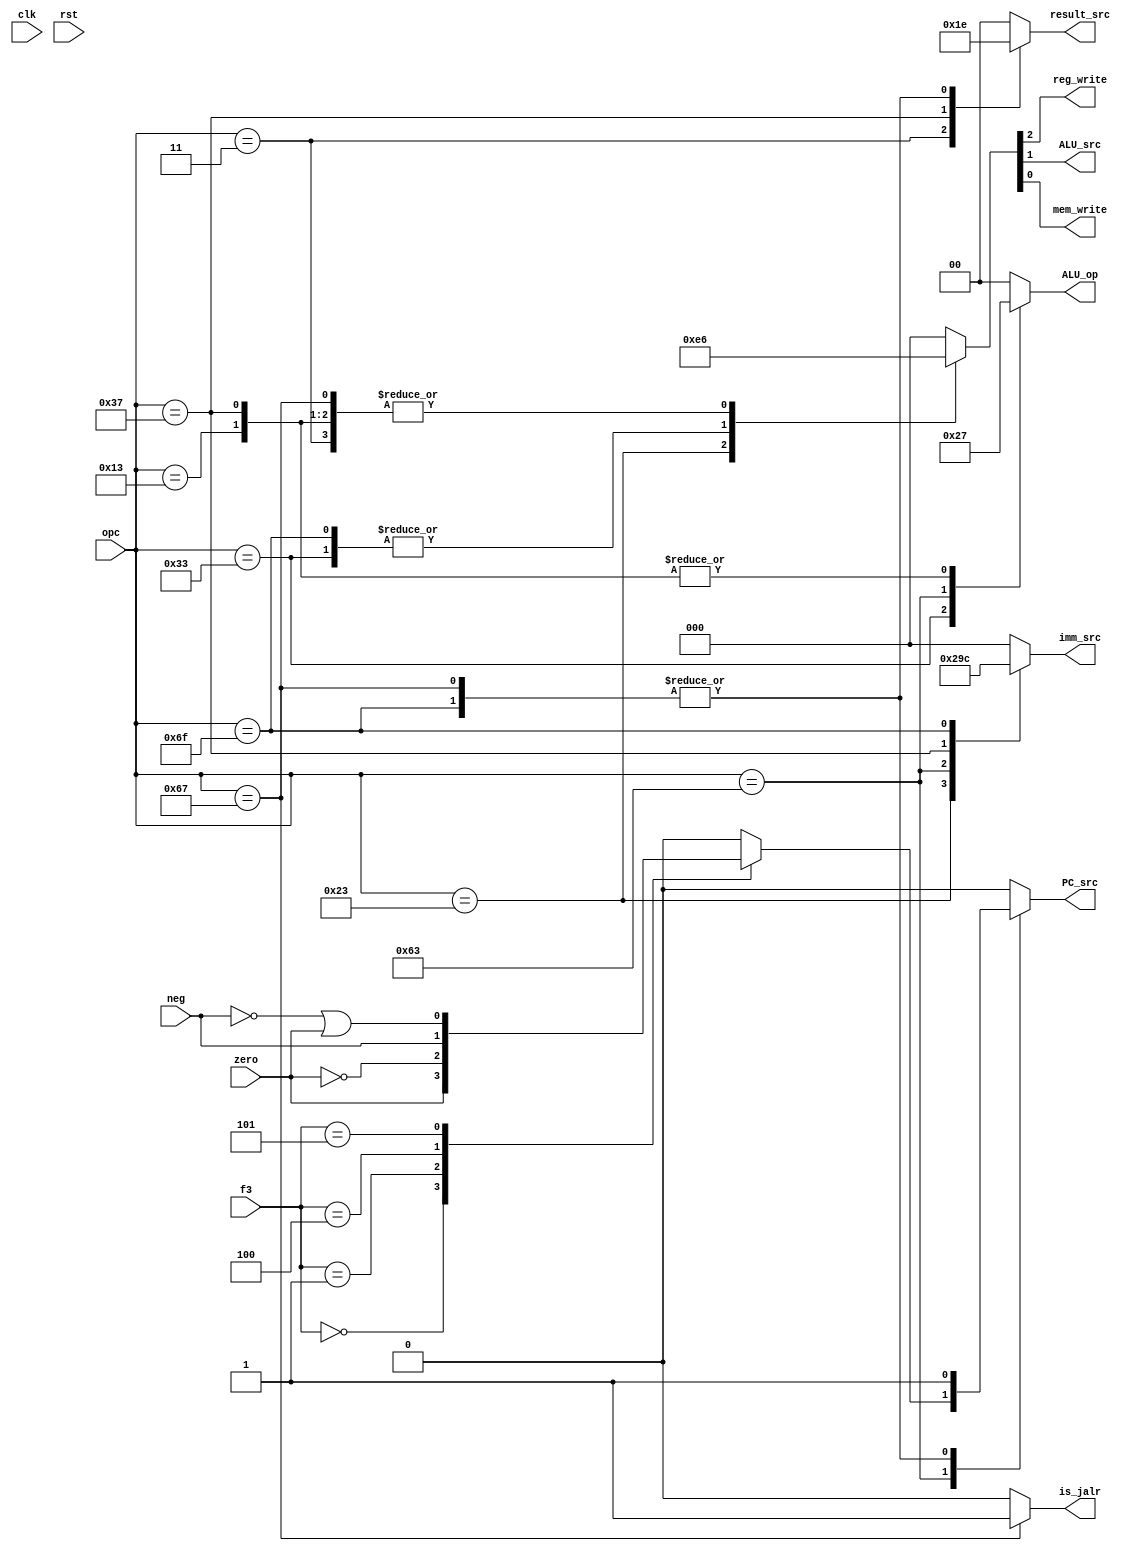
// ALU opc
`define ADD_ANYWAY 2'b00
`define SUB_ANYWAY 2'b01
`define R_TYPE 2'b10
`define I_TYPE 2'b11

// imm src
`define IMM_I_TYPE 3'b000
`define IMM_S_TYPE 3'b001
`define IMM_B_TYPE 3'b010
`define IMM_LUI 3'b011
`define IMM_JAL 3'b100

// opcodes
`define LW 7'b0000011
`define SW 7'b0100011
`define RT 7'b0110011
`define BT 7'b1100011
`define IT 7'b0010011
`define LUI 7'b0110111
`define JAL 7'b1101111
`define JALR 7'b1100111

// f3 branch type
`define EQ 3'b000
`define NE 3'b001
`define LT 3'b100
`define GE 3'b101

module MainController(
    clk, rst, zero, opc, f3, neg,
    PC_src, reg_write, ALU_src, imm_src, mem_write, result_src, ALU_op, is_jalr
);
    input clk, rst, zero, neg;
    input [2:0] f3;
    input [6:0] opc;

    output PC_src, reg_write, ALU_src, mem_write, is_jalr;
    output [1:0] result_src;
    output [2:0] imm_src;
    output [1:0] ALU_op;

    reg PC_src = 1'b0, reg_write = 1'b0, ALU_src = 1'b0, mem_write = 1'b0, is_jalr = 1'b0;
    reg [1:0] result_src = 2'b00;
    reg [2:0] imm_src = 3'b000;
    reg [1:0] ALU_op = 2'b00;

    always @(zero, opc, neg, f3) begin
        {PC_src, reg_write, ALU_src, mem_write} = 4'b0000;
        result_src = 2'b00;
        imm_src = `IMM_I_TYPE;
        ALU_op = `ADD_ANYWAY;
        is_jalr = 1'b0;
        case (opc)
            `LW: begin 
                {PC_src, reg_write, ALU_src, mem_write} = 4'b0110;
                result_src = 2'b01;
                imm_src = `IMM_I_TYPE;
                ALU_op = `ADD_ANYWAY;
                is_jalr = 1'b0;
            end
            `SW: begin 
                {PC_src, reg_write, ALU_src, mem_write} = 4'b0011;
                result_src = 2'b00;
                imm_src = `IMM_S_TYPE;
                ALU_op = `ADD_ANYWAY;
                is_jalr = 1'b0;
            end
            `RT: begin 
                {PC_src, reg_write, ALU_src, mem_write} = 4'b0100;
                result_src = 2'b00;
                imm_src = `IMM_I_TYPE;
                ALU_op = `R_TYPE;
                is_jalr = 1'b0;
            end
            `BT: begin 
                {PC_src, reg_write, ALU_src, mem_write} = 4'b0000;
                result_src = 2'b00;
                imm_src = `IMM_B_TYPE;
                ALU_op = `SUB_ANYWAY;
                is_jalr = 1'b0;
                case (f3)
                    `EQ: PC_src = zero;
                    `NE: PC_src = ~zero;
                    `LT: PC_src = neg;
                    `GE: PC_src = ~neg | zero;
                    default : PC_src = 1'b0;
                endcase
            end
            `IT: begin 
                {PC_src, reg_write, ALU_src, mem_write} = 4'b0110;
                result_src = 2'b00;
                imm_src = `IMM_I_TYPE;
                ALU_op = `I_TYPE;
                is_jalr = 1'b0;
            end
            `LUI: begin
                {PC_src, reg_write, ALU_src, mem_write} = 4'b0110;
                result_src = 2'b11;
                imm_src = `IMM_LUI;
                ALU_op = `I_TYPE;
                is_jalr = 1'b0;
            end
            `JAL: begin
                {PC_src, reg_write, ALU_src, mem_write} = 4'b1100;
                result_src = 2'b10;
                imm_src = `IMM_JAL;
                ALU_op = `ADD_ANYWAY;
                is_jalr = 1'b0;
            end
            `JALR: begin
                {PC_src, reg_write, ALU_src, mem_write} = 4'b1110;
                result_src = 2'b10;
                imm_src = `IMM_I_TYPE;
                ALU_op = `ADD_ANYWAY;
                is_jalr = 1'b1;
            end
            default: begin 
                {PC_src, reg_write, ALU_src, mem_write} = 4'b0000;
                result_src = 2'b00;
                imm_src = `IMM_I_TYPE;
                ALU_op = `ADD_ANYWAY;
                is_jalr = 1'b0;
            end
        endcase
    end
endmodule